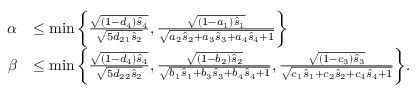
\begin{array} { r l } { \alpha } & { \leq \operatorname* { m i n } \bigg \{ \frac { \sqrt { ( 1 - d _ { 4 } ) \hat { s } _ { 4 } } } { \sqrt { 5 d _ { 2 1 } \hat { s } _ { 2 } } } , \frac { \sqrt { ( 1 - a _ { 1 } ) \hat { s } _ { 1 } } } { \sqrt { a _ { 2 } \hat { s } _ { 2 } + a _ { 3 } \hat { s } _ { 3 } + a _ { 4 } \hat { s } _ { 4 } + 1 } } \bigg \} } \\ { \beta } & { \leq \operatorname* { m i n } \bigg \{ \frac { \sqrt { ( 1 - d _ { 4 } ) \hat { s } _ { 4 } } } { \sqrt { 5 d _ { 2 2 } \hat { s } _ { 2 } } } , \frac { \sqrt { ( 1 - b _ { 2 } ) \hat { s } _ { 2 } } } { \sqrt { b _ { 1 } \hat { s } _ { 1 } + b _ { 3 } \hat { s } _ { 3 } + b _ { 4 } \hat { s } _ { 4 } + 1 } } , \frac { \sqrt { ( 1 - c _ { 3 } ) \hat { s } _ { 3 } } } { \sqrt { c _ { 1 } \hat { s } _ { 1 } + c _ { 2 } \hat { s } _ { 2 } + c _ { 4 } \hat { s } _ { 4 } + 1 } } \bigg \} . } \end{array}